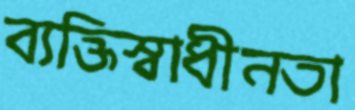
ব্যক্তিস্বাধীনতা